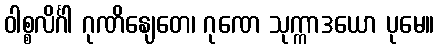
ဝါစ္စလိင်္ဂါ ဂုဏိနျေတေ၊ ဂုဏေ သုက္ကာဒယော ပုမေ။